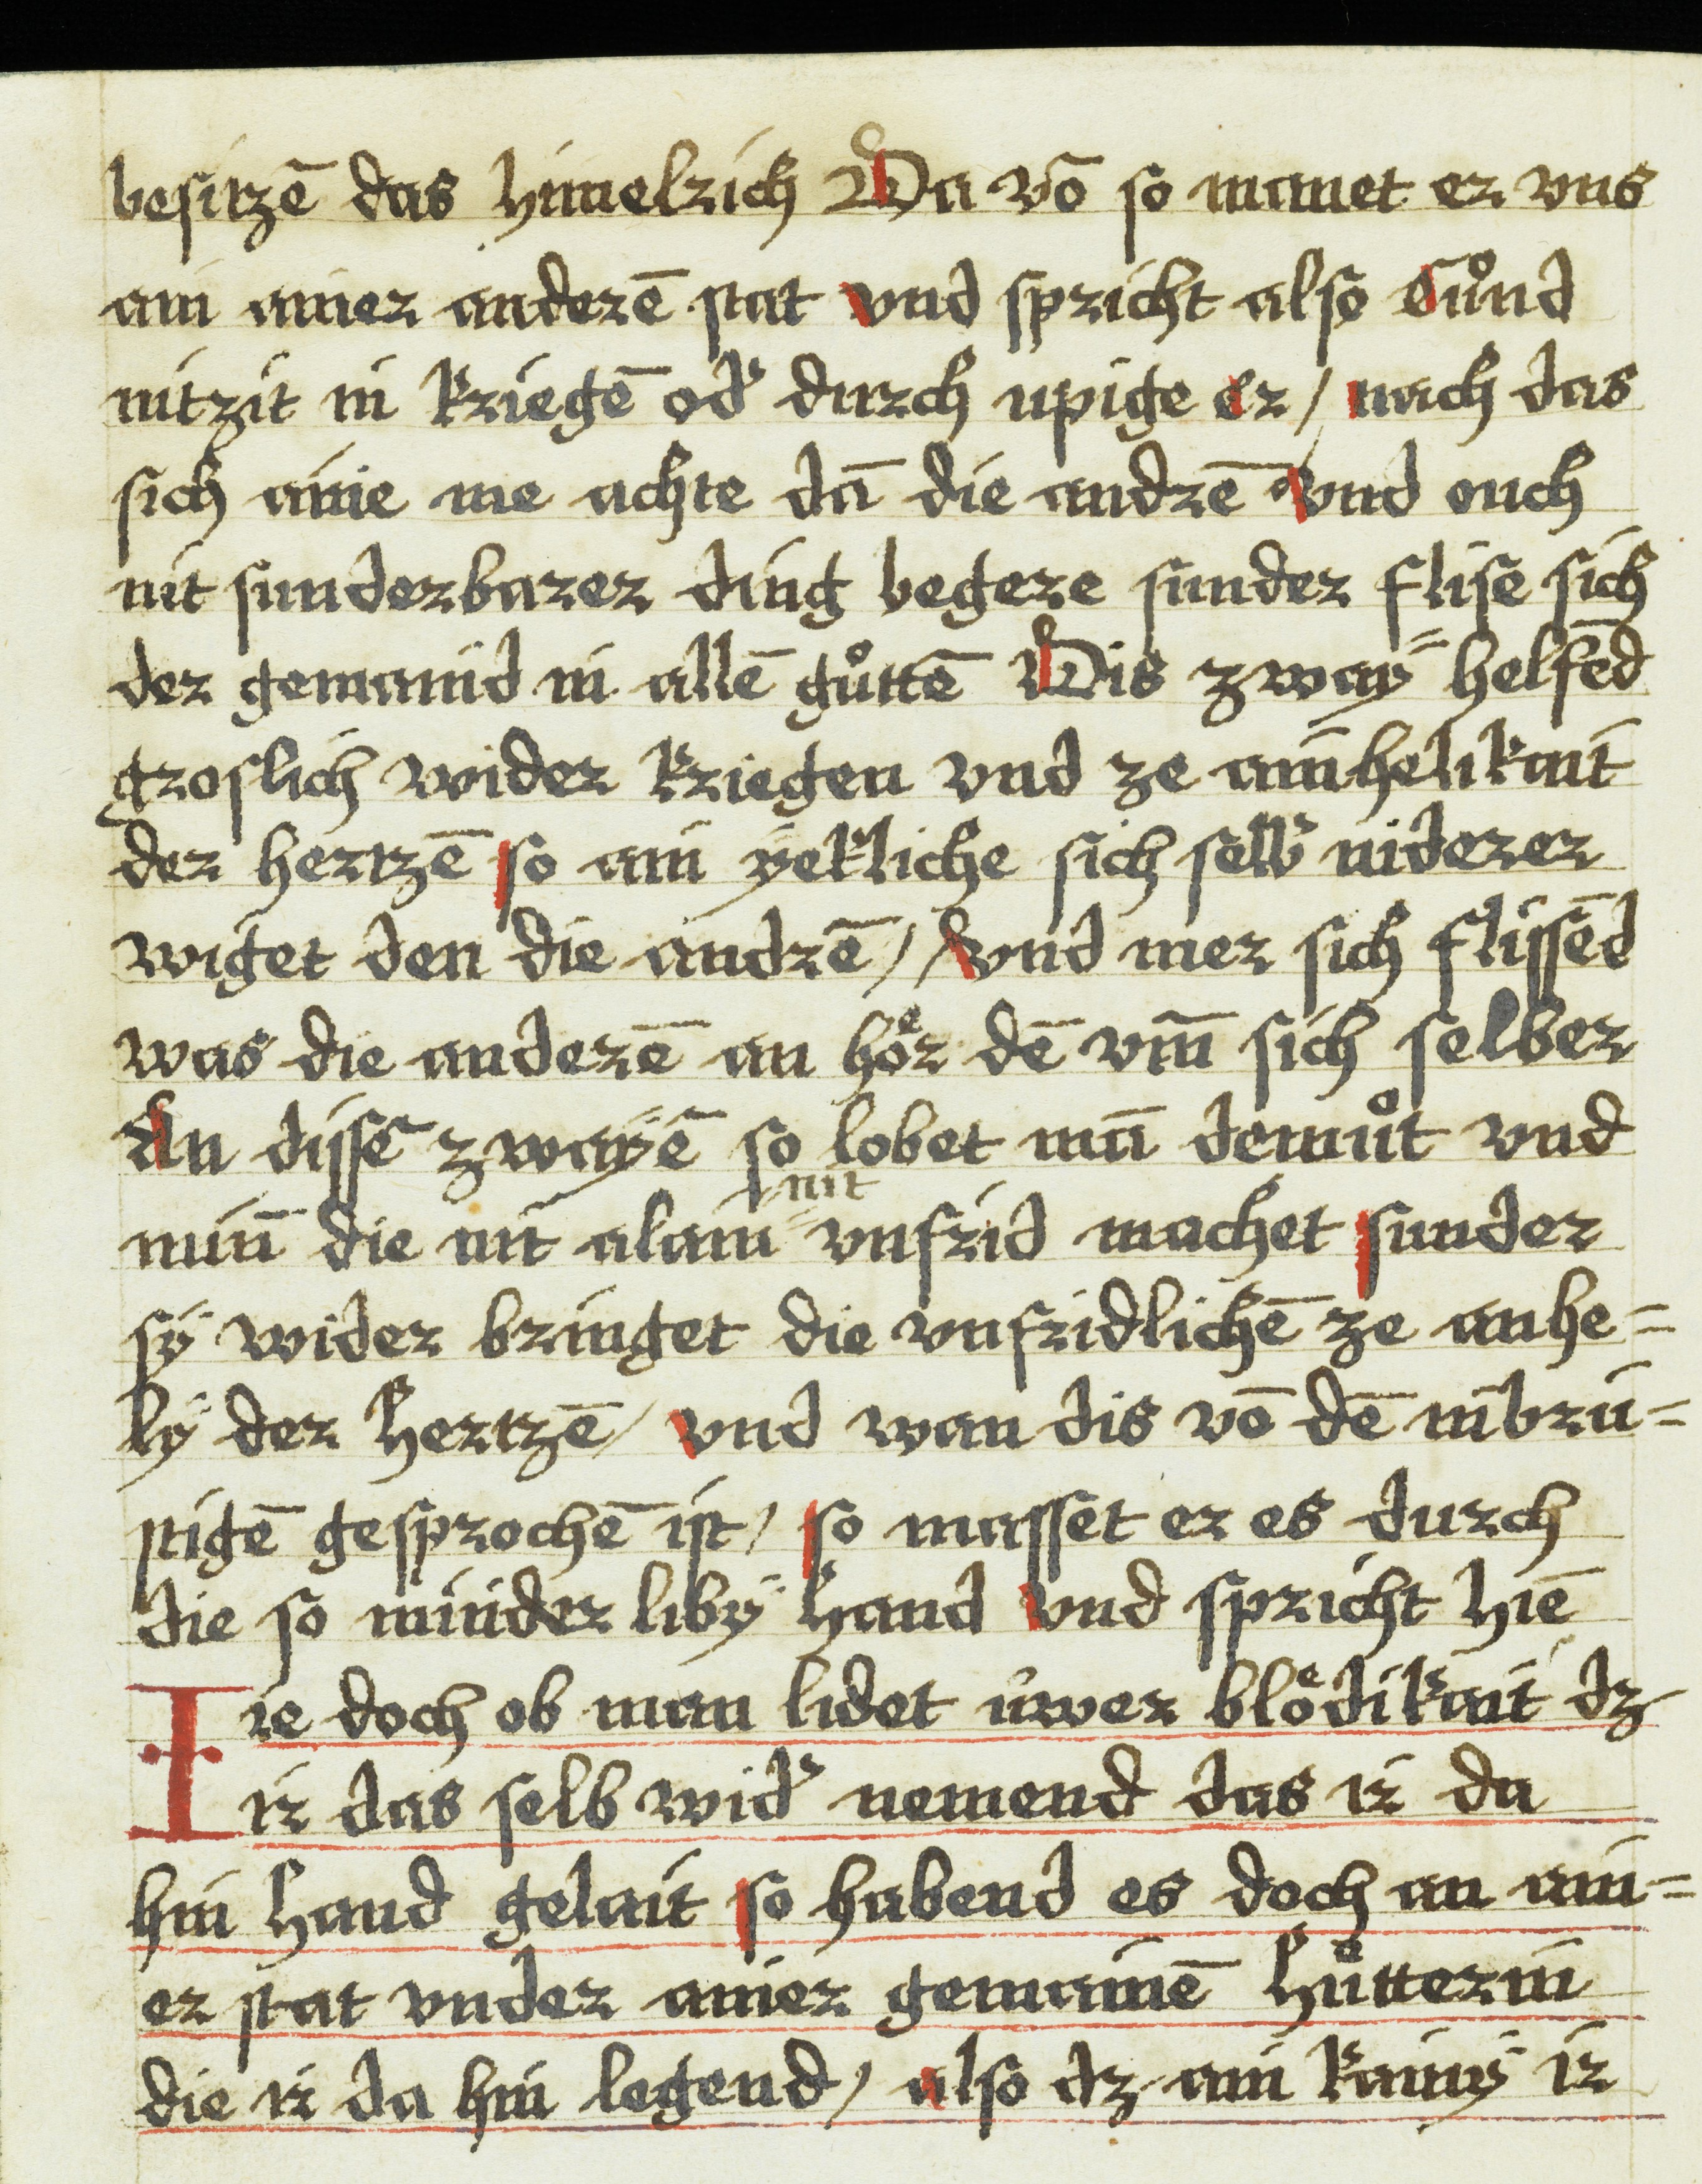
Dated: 1543–1543